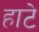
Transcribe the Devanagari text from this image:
हाटे